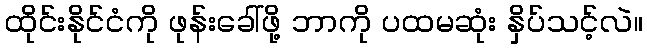
ထိုင်းနိုင်ငံကို ဖုန်းခေါ်ဖို့ ဘာကို ပထမဆုံး နှိပ်သင့်လဲ။